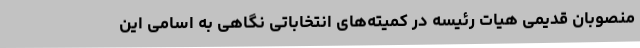
منصوبان قدیمی هیات رئیسه در کمیته‌های انتخاباتی نگاهی به اسامی این